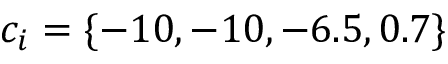
c _ { i } = \{ - 1 0 , - 1 0 , - 6 . 5 , 0 . 7 \}